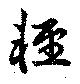
輕